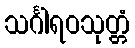
သင်္ဂါရဝသုတ္တံ